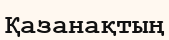
Қазанақтың